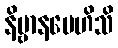
နိဗ္ဗာနမေဟိသိ